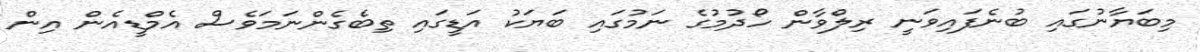
މިބަޔާނުގައި ބުނެފައިވަނީ ރިލްވާން ހޯދުމުގެ ނަމުގައި ބަޔަކު އަޑީގައި ތިބެގެންނަމަވެސް އެމްޑީއެން އިން